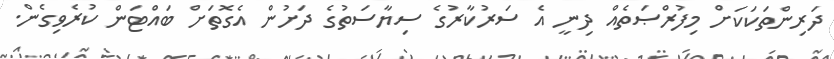
ދަރިންތަކަކަށް މިފުރްޞަތެއް ދިނީ އެ ސަރުކާރުގެ ސިޔާސަތުގެ ދަށުން އެގޮތަށް ބައްޓަން ކުރެވިގެން.